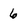
Character: 6